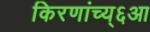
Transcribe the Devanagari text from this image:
किरणांच्य्६आ